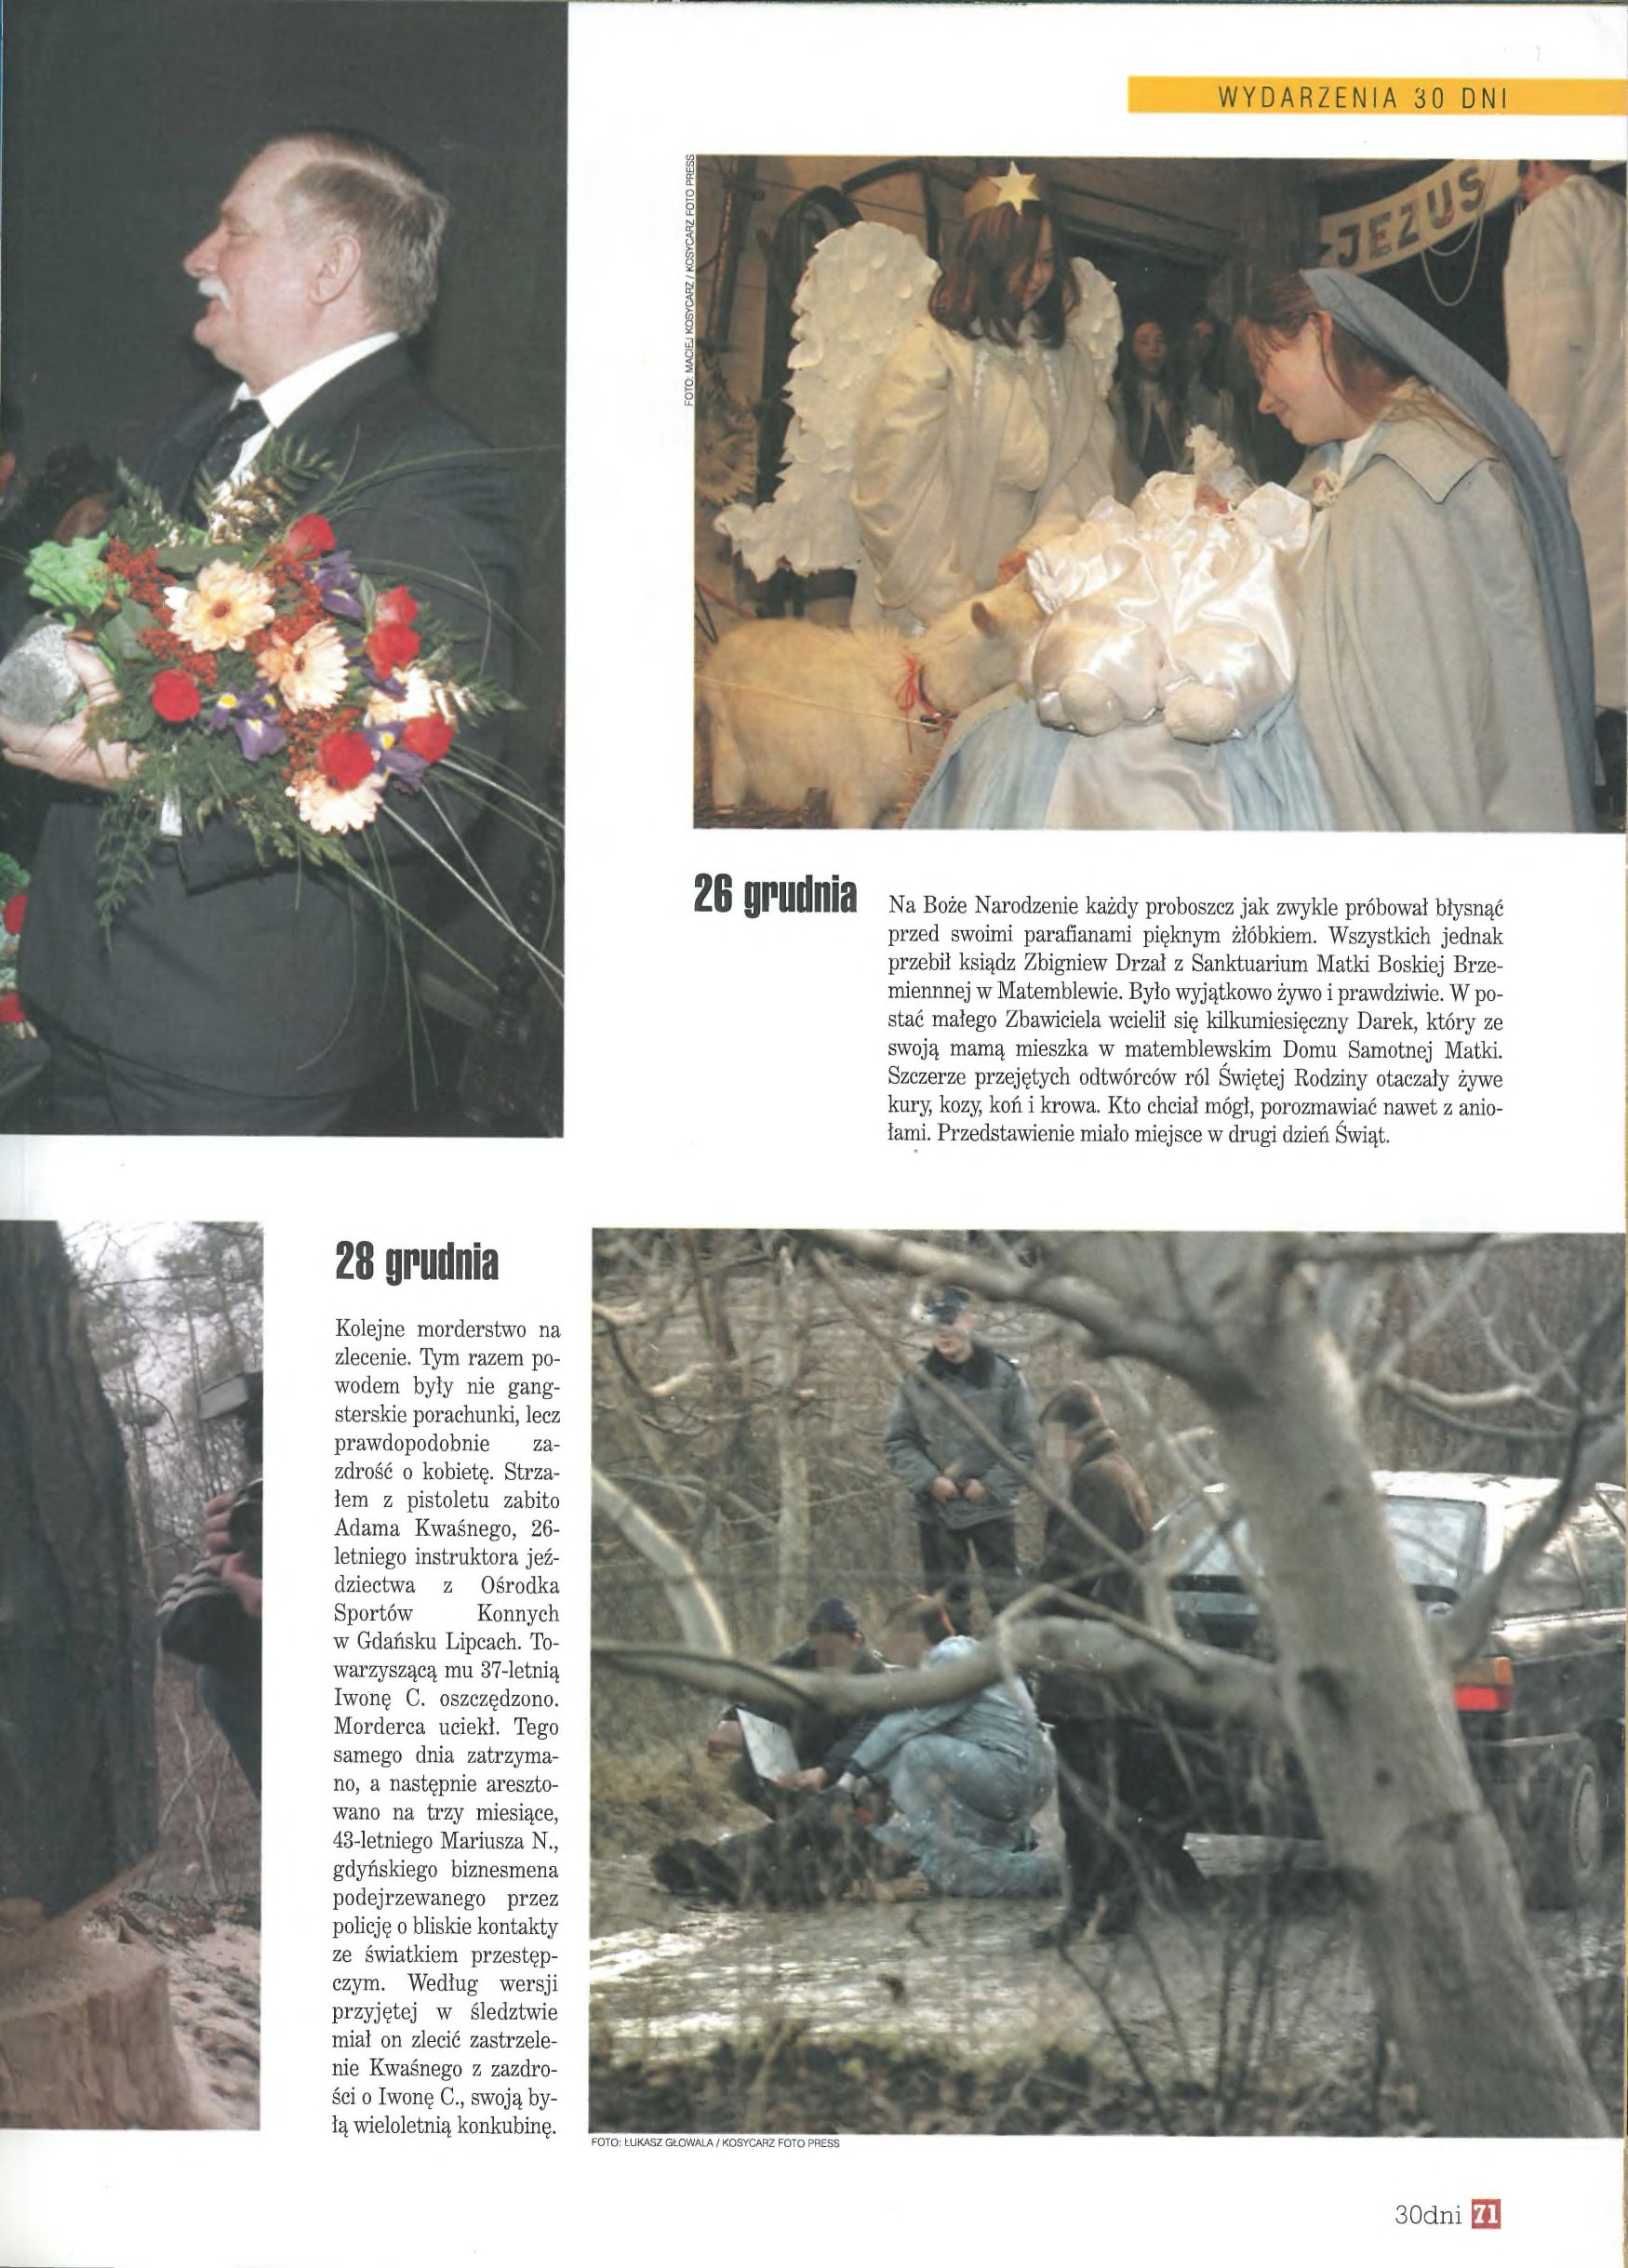
Language: pl